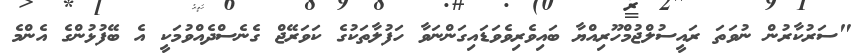
"ސަރުކާރުން ނުވަތަ ރައީސުލްޖުމްހޫރިއްޔާ ބައިވެރިވެވަޑައިގަންނަވާ ހަފުލާތަކުގެ ކަވަރޭޖް ގެނެސްދެއްވުމަކީ އެ ބޭފުޅުންގެ އެންމެ